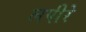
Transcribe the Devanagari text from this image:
लपीरे